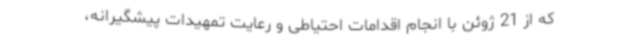
که از 21 ژوئن با انجام اقدامات احتیاطی و رعایت تمهیدات پیشگیرانه،